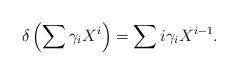
LaTeX: \begin{align*} \delta\left(\sum \gamma_i X^i \right) = \sum i \gamma_i X^{i-1}.\end{align*}